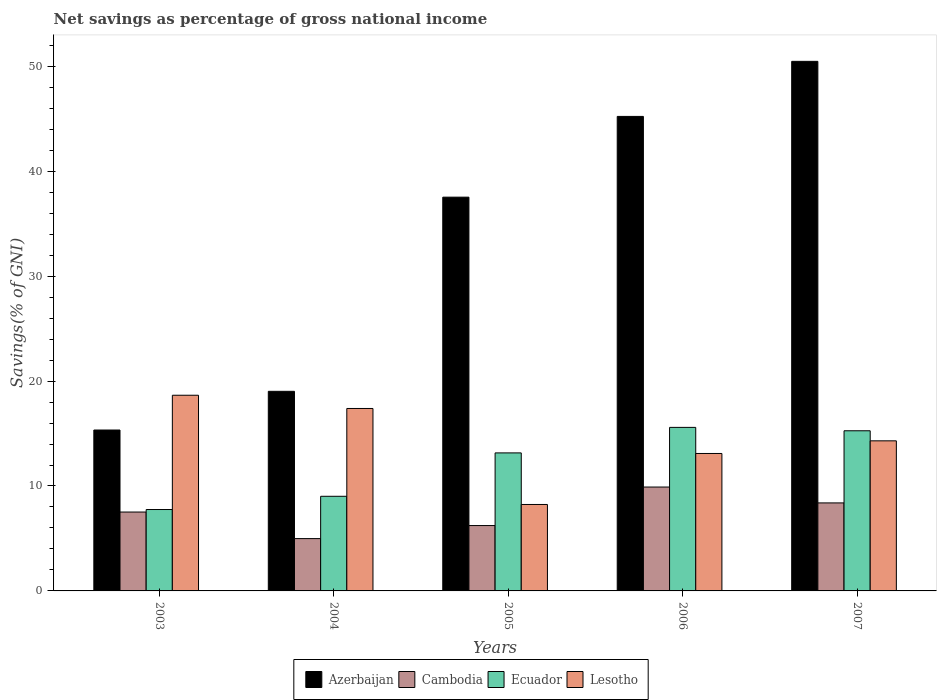
| Years | Azerbaijan | Cambodia | Ecuador | Lesotho |
 | --- | --- | --- | --- | --- |
 | 2003 | 15.3 | 7.52 | 7.76 | 18.6 |
 | 2004 | 19 | 4.99 | 9.02 | 17.4 |
 | 2005 | 37.5 | 6.23 | 13.2 | 8.24 |
 | 2006 | 45.2 | 9.9 | 15.6 | 13.1 |
 | 2007 | 50.5 | 8.39 | 15.3 | 14.3 |